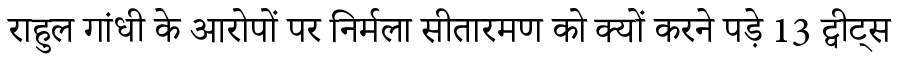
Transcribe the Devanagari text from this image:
राहुल गांधी के आरोपों पर निर्मला सीतारमण को क्यों करने पड़े 13 ट्वीट्स